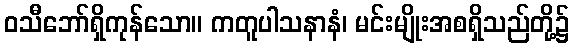
ဝသီဘော်ရှိကုန်သော။ ကတူပါသနာနံ၊ မင်းမျိုးအစရှိသည်တို့၌